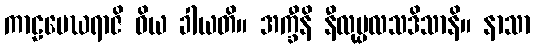
ကာဠမေဃရာဇိ ဝိယ ခါယတိ။ အက္ခီနိ နီလုပ္ပလသဒိသာနိ။ နာသာ